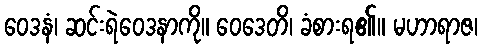
ဝေဒနံ၊ ဆင်းရဲဝေဒနာကို။ ဝေဒေတိ၊ ခံစားရ၏။ မဟာရာဇ၊